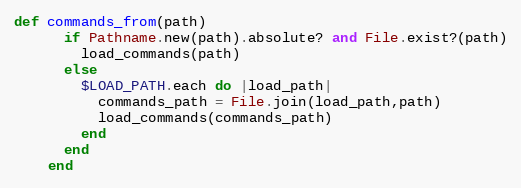
Language: Ruby
def commands_from(path)
      if Pathname.new(path).absolute? and File.exist?(path)
        load_commands(path)
      else
        $LOAD_PATH.each do |load_path|
          commands_path = File.join(load_path,path)
          load_commands(commands_path)
        end
      end
    end